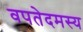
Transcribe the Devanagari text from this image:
वपतेदमस्य